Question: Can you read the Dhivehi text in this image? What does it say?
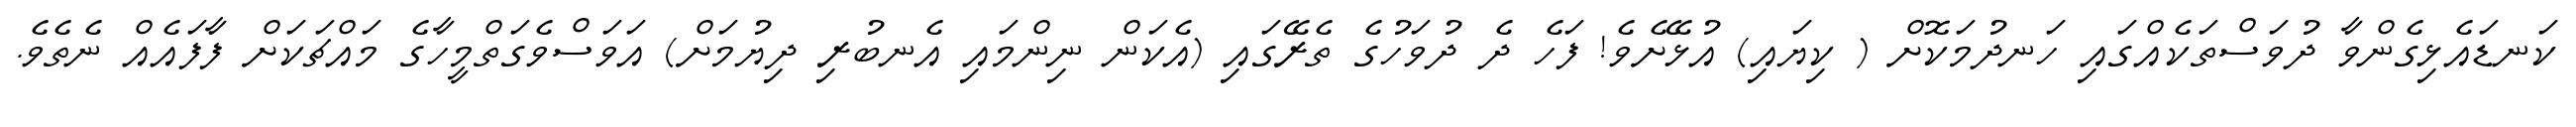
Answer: ކަނޑައެޅިގެންވާ ދުވަސްތަކެއްގައި ހަނދުމަކޮށް ( ކިޔައި) އުޅޭށެވެ! ފަހެ ދެ ދުވަހުގެ ތެރޭގައި (އެކަން ނިންމައި އެނބުރި ދިޔުމަށް) އަވަސްވެގަތްމީހާގެ މައްޗަކަށް ފާފައެއް ނެތެވެ.